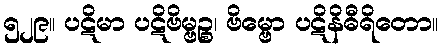
၅၂၉။ ပဋိမာ ပဋိဗိမ္ဗဉ္စ၊ ဗိမ္ဗော ပဋိနိဓီရိတော။